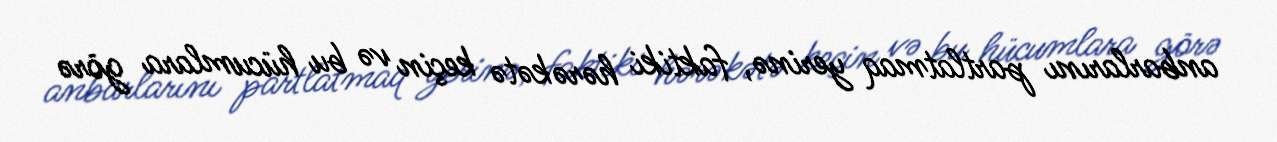
anbarlarını partlatmaq yerinə, faktiki hərəkətə keçin və bu hücumlara görə